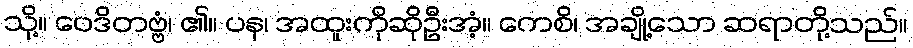
သို့။ ဝေဒိတဗ္ဗံ၊ ၏။ ပန၊ အထူးကိုဆိုဦးအံ့။ ကေစိ၊ အချို့သော ဆရာတို့သည်။